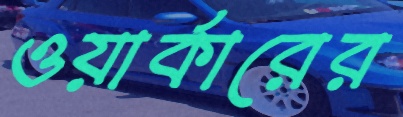
ওয়ার্কারের